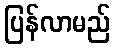
ပြန်လာမည်